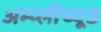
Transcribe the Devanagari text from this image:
अम्प्लीच्यूड